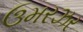
ઉમરઝર